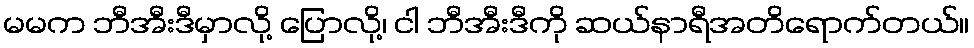
မမက ဘီအီးဒီမှာလို့ ပြောလို့၊ ငါ ဘီအီးဒီကို ဆယ်နာရီအတိရောက်တယ်။